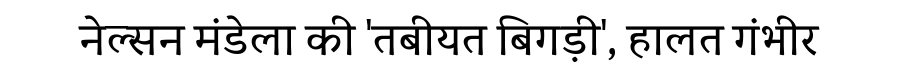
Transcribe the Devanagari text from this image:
नेल्सन मंडेला की 'तबीयत बिगड़ी', हालत गंभीर